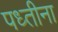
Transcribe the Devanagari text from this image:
पध्तीना